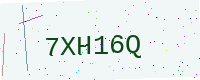
Text: 7XH16Q